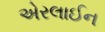
એરલાઈન